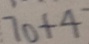
7 0 + 4